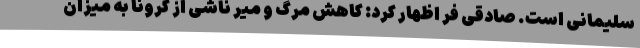
سلیمانی است. صادقی فر اظهار کرد: کاهش مرگ و میر ناشی از کرونا به میزان